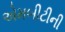
એમબીટીની